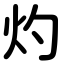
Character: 灼